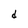
Character: d